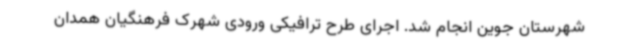
شهرستان جوین انجام شد. اجرای طرح ترافیکی ورودی شهرک فرهنگیان همدان